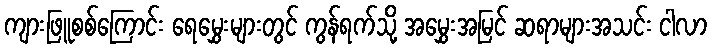
ကျားဖြူစစ်ကြောင်း ရေမွှေးများတွင် ကွန်ရက်သို့ အမွှေးအမြင် ဆရာများအသင်း ငါလာ